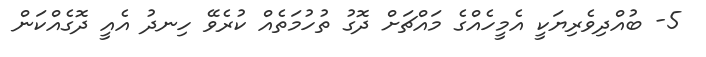
5- ބުއްދިވެރިޔަކީ އެމީހެއްގެ މައްޗަށް ދޮގު ތުހުމަތެއް ކުރެވޭ ހިނދު އެއީ ދޮގެއްކަން